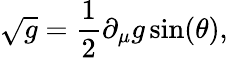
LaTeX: \sqrt{g}=\frac{1}{2}\partial_{\mu}g\sin(\theta),